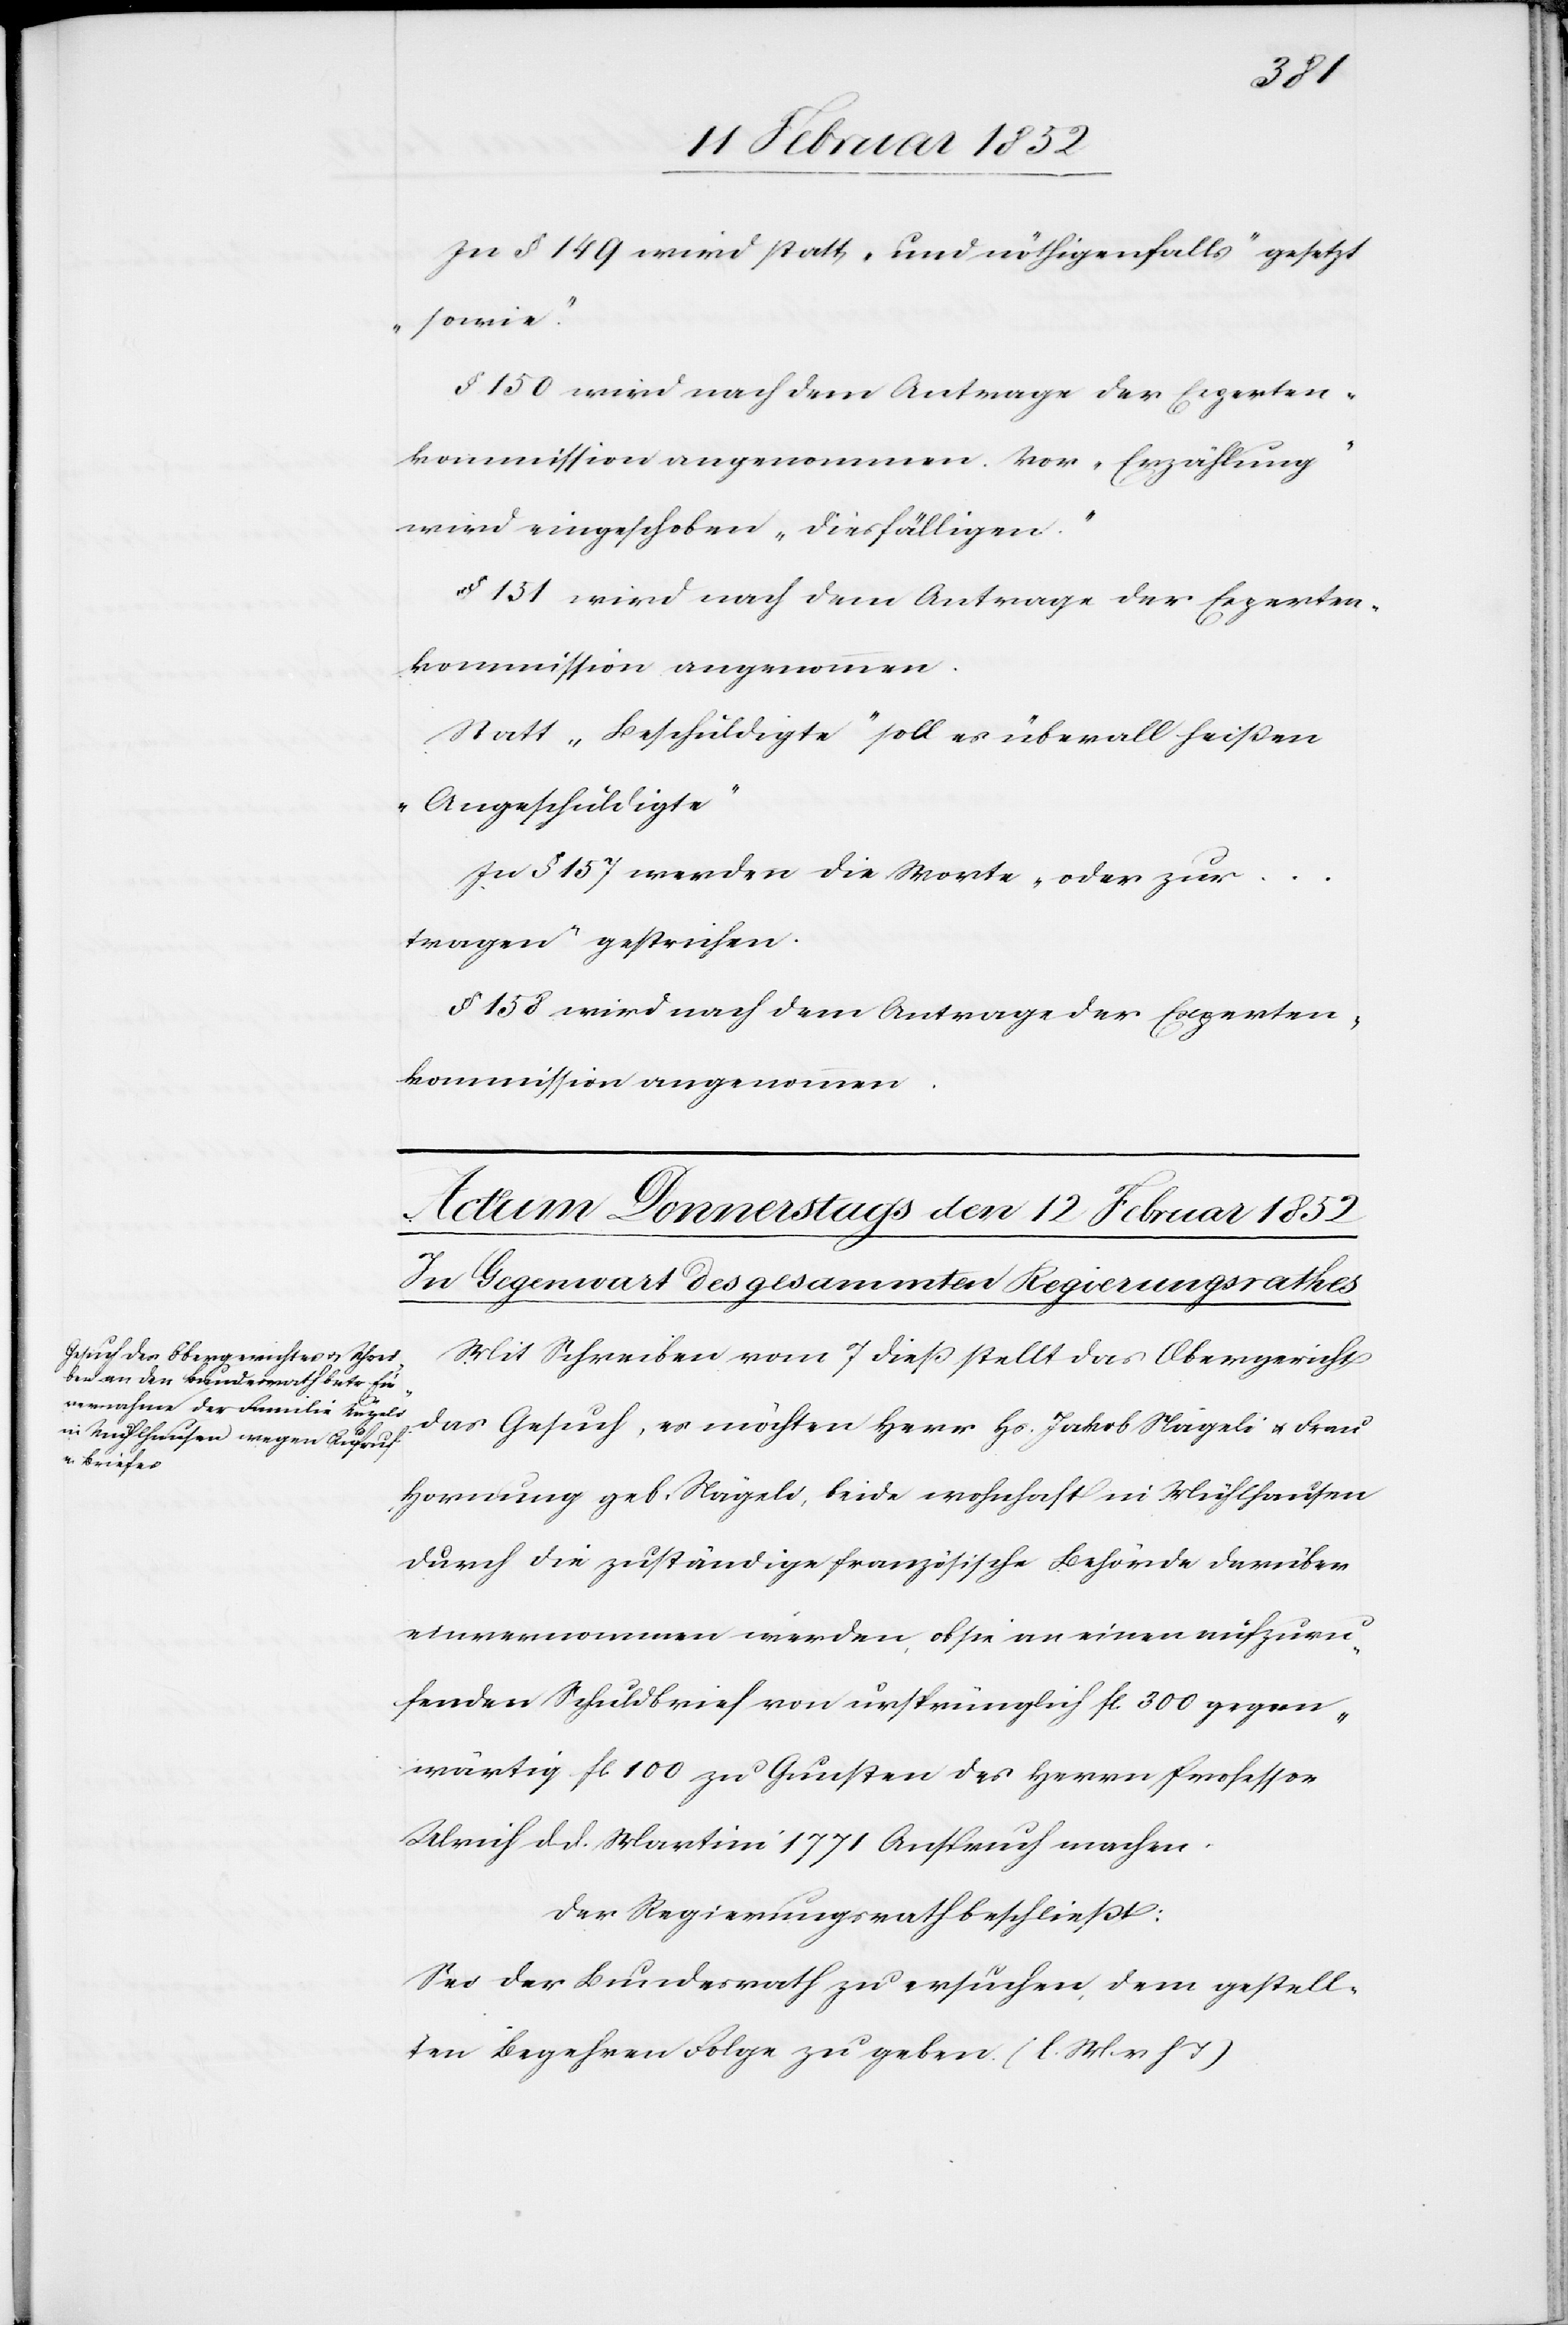
In § 149 wird statt „und nöthigenfalls“ gesetzt
„sowie“
kommission angenommen. Vor „Erzählung“
wird eingeschoben „diesfälligen“.
§ 151 wird nach dem Antrage der Experten¬
kommission angenommen.
Statt „Beschuldigte“ soll es überall heißen
„Angeschuldigte“
In § 157 werden die Worte „oder zur
tragen“ gestrichen.
§ 158 wird nach dem Antrage der Experten¬
Mit Schreiben vom 7 dieß stellt das Obergericht
das Gesuch, es möchten Herr Hs. Jakob Nägeli u. Frau
Hornung geb. Nägeli, beide wohnhaft in Mühlhausen
durch die zuständige französische Behörde darüber
vernommen werden, ob sie an einem aufzuru¬
fenden Schuldbrief von ursprünglich fl. 300 gegen¬
wärtig fl. 100 zu Gunsten des Herrn Professor
Ulrich d. d. Martini 1771 Anspruch machen.
Der Regierungsrath beschließt:
Sei der Bundesrath zu ersuchen dem gestell¬
ten Begehren Folge zu geben. (l. M. v. h. T)